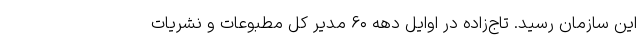
این سازمان رسید. تاج‌زاده در اوایل دهه ۶۰ مدیر کل مطبوعات و نشریات